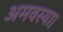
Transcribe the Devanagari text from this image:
अमवस्या।